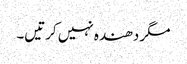
مگر دھندہ نہیں کرتیں۔